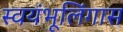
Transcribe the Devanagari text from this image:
स्वयंभूलिंगास